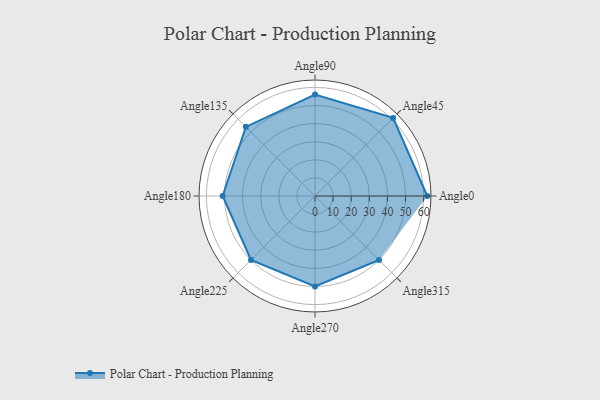
{"axis": {"x": "Angle", "y": "Radius"}, "legend": [""], "data": [{"x": "Angle0", "y": 62.0, "type": ""}, {"x": "Angle45", "y": 61.0, "type": ""}, {"x": "Angle90", "y": 56.0, "type": ""}, {"x": "Angle135", "y": 54.0, "type": ""}, {"x": "Angle180", "y": 51.0, "type": ""}, {"x": "Angle225", "y": 50, "type": ""}, {"x": "Angle270", "y": 50, "type": ""}, {"x": "Angle315", "y": 50, "type": ""}]}